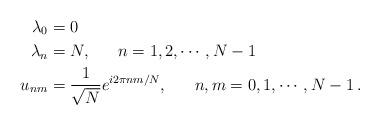
LaTeX: \begin{align*}\lambda_0&=0 \\\lambda_n&=N,\ \ \ \ \ n=1,2, \cdots, N-1 \\u_{nm}&=\frac{1}{\sqrt{N}}e^{i2 \pi n m /N},\ \ \ \ \ n,m=0,1,\cdots,N-1\,. \end{align*}